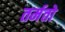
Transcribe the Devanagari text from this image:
तर्मतो